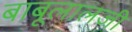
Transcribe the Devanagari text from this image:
बाबूलालजी